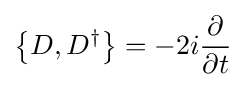
\left\{D,D^{\dagger }\right\}=-2i{\frac {\partial }{\partial t}}